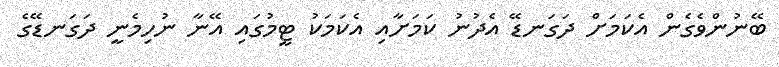
ބޭނުންވެގެން އެކަމަށް ދަގަނޑޭ އެދުނު ކަމަށާއި އެކަމަކު ޓީމުގައި އޭނާ ނުހިމެނީ ދަގަނޑޭގެ